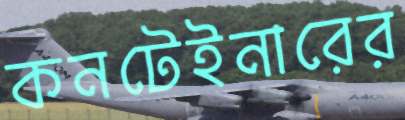
কনটেইনারের